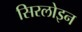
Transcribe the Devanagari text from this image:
सिरलोइन